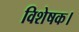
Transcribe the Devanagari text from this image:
विशेषक।